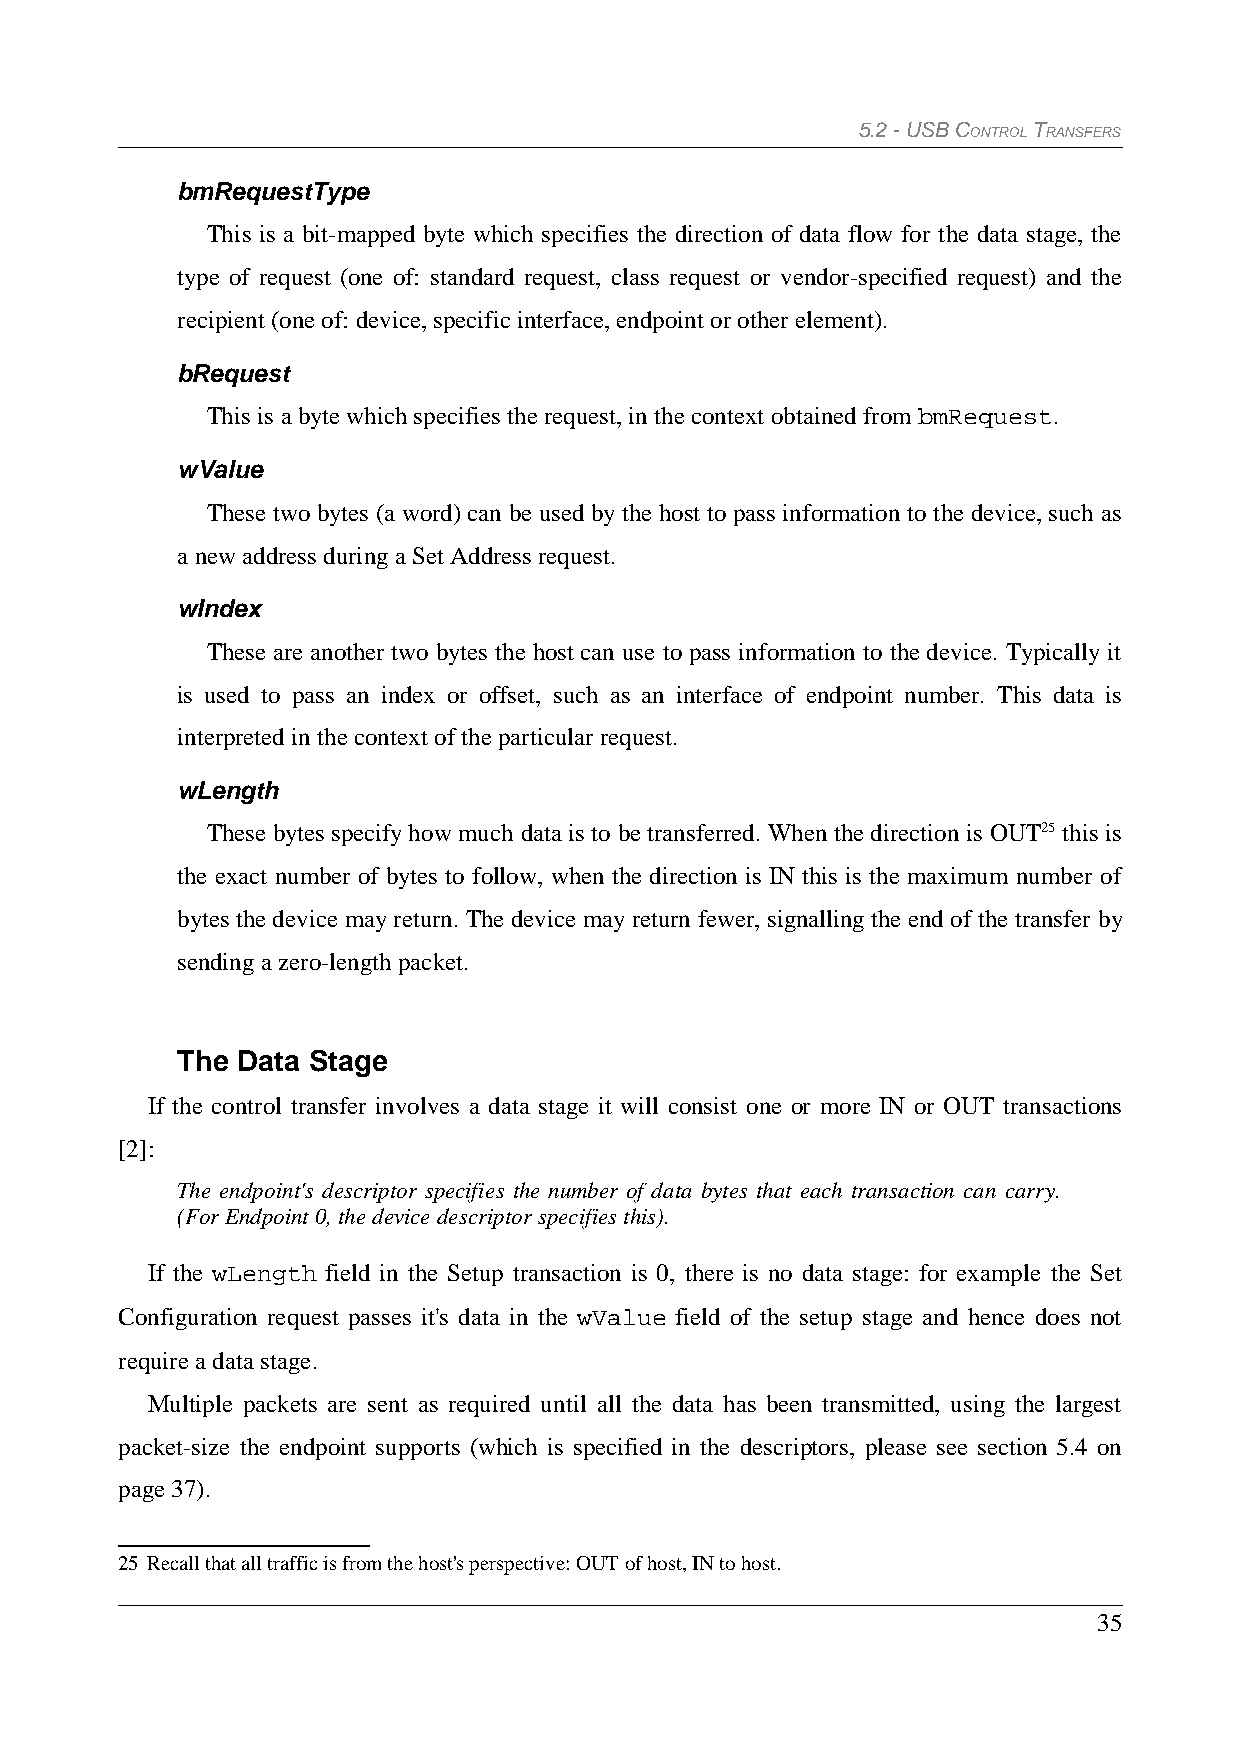
5.2 - USB CONTROL TRANSFERS
 bmRequestType
 This is a bit-mapped byte which specifies the direction of data flow for the data stage, the
 type of request (one of: standard request, class request or vendor-specified request) and the
 recipient (one of: device, specific interface, endpoint or other element).
 bRequest
 This is a byte which specifies the request, in the context obtained from bmRequest.
 wValue
 These two bytes (a word) can be used by the host to pass information to the device, such as
 a new address during a Set Address request.
 wIndex
 These are another two bytes the host can use to pass information to the device. Typically it
 is used to pass an index or offset, such as an interface of endpoint number. This data is
 interpreted in the context of the particular request.
 wLength
 These bytes specify how much data is to be transferred. When the direction is OUT25 this is
 the exact number of bytes to follow, when the direction is IN this is the maximum number of
 bytes the device may return. The device may return fewer, signalling the end of the transfer by
 sending a zero-length packet.
 The Data Stage
 If the control transfer involves a data stage it will consist one or more IN or OUT transactions
 [2]:
 The endpoint's descriptor specifies the number of data bytes that each transaction can carry.
 (For Endpoint 0, the device descriptor specifies this).
 If the wLength field in the Setup transaction is 0, there is no data stage: for example the Set
 Configuration request passes it's data in the wValue field of the setup stage and hence does not
 require a data stage.
 Multiple packets are sent as required until all the data has been transmitted, using the largest
 packet-size the endpoint supports (which is specified in the descriptors, please see section 5.4 on
 page 37).
 25 Recall that all traffic is from the host's perspective: OUT of host, IN to host.
 35